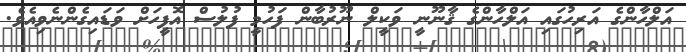
އަލްހާންގެ އަރިހުގައި އަލްހާންގެ ޤާނޫނީ ވަކީލް ނޫރުބާން ފަހުމީ ފުލުސް އޮފީހަށް ވަޑައިގެންނެވިއެވެ.